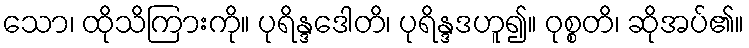
သော၊ ထိုသိကြားကို။ ပုရိန္ဒဒေါတိ၊ ပုရိန္ဒဒဟူ၍။ ဝုစ္စတိ၊ ဆိုအပ်၏။